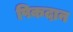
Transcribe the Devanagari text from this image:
पिकदान